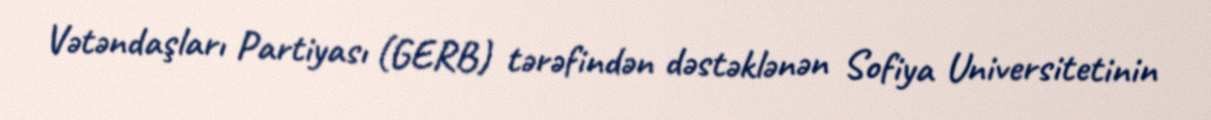
Vətəndaşları Partiyası (GERB) tərəfindən dəstəklənən Sofiya Universitetinin